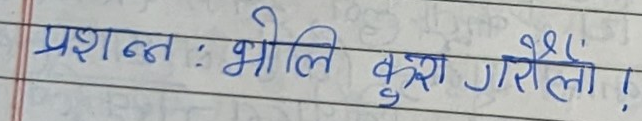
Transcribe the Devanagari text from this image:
प्रशान्त : भोलि कुरा गरौँला !